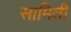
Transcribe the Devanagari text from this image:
सामिती